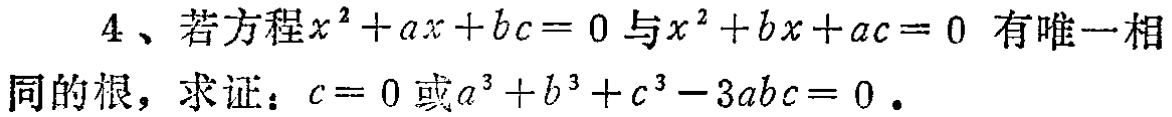
4、若方程\(x^{2}+ax + bc = 0\)与\(x^{2}+bx + ac = 0\) 有唯一相同的根，求证：\(c = 0\)或\(a^{3}+b^{3}+c^{3}-3abc = 0\)。